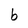
Character: b